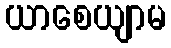
ယာစေယျာမ